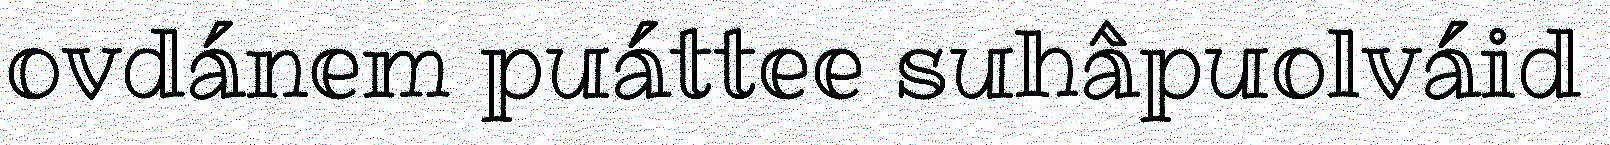
ovdánem puáttee suhâpuolváid